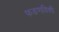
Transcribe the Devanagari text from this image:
फडणविशी